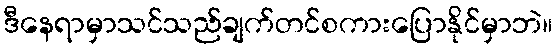
ဒီနေရာမှာသင်သည်ချက်တင်စကားပြောနိုင်မှာဘဲ။